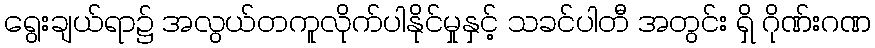
ရွေးချယ်ရာ၌ အလွယ်တကူလိုက်ပါနိုင်မှုနှင့် သခင်ပါတီ အတွင်း ရှိ ဂိုဏ်းဂဏ